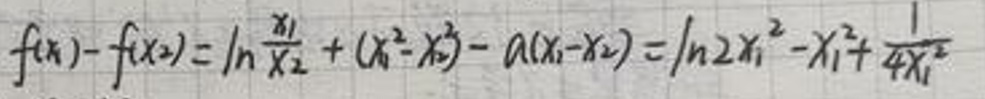
\[
f(x_1)-f(x_2)=\ln\frac{x_1}{x_2}+(x_1^{2}-x_2^{2})-a(x_1 - x_2)=\ln 2x_1^{2}-x_1^{2}+\frac{1}{4x_1^{2}}
\]